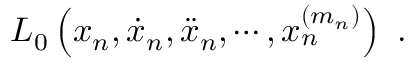
L _ { 0 } \left( x _ { n } , \dot { x } _ { n } , \ddot { x } _ { n } , \cdots , x _ { n } ^ { ( m _ { n } ) } \right) \ .